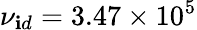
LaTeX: {\nu_{\mathbf{i}d}}=3.47\times10^{5}